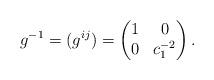
LaTeX: \begin{align*}g^{-1}=(g^{ij})=\begin{pmatrix}1&0\\0&c_{1}^{-2}\end{pmatrix}.\end{align*}